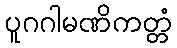
ပူဂဂါမဏိကတ္တံ